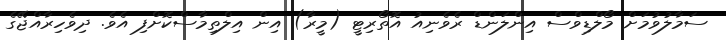
ސަމާލުވުމަށް މޯލްޑިވްސް އިންލަންޑް ރެވެނިއު އޮތޯރިޓީ (މީރާ) އިން އިލްތިމާސްކޮށްފި އެވެ. ދިވެހިރާއްޖޭގެ